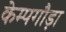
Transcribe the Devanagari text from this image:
केम्पगौड़ा